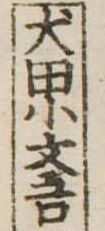
犬田小文吾